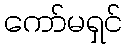
ကော်မရှင်